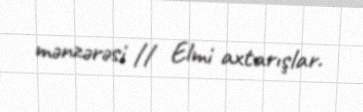
mənzərəsi // Elmi axtarışlar.